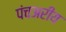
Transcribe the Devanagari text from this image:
पंचअरीय